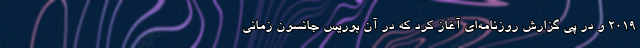
۲۰۱۹ و در پی گزارش روزنامه‌ای آغاز کرد که در آن بوریس جانسون زمانی